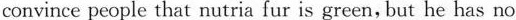
convince people that nutria fur is green, but he has no